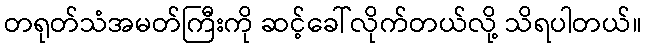
တရုတ်သံအမတ်ကြီးကို ဆင့်ခေါ်လိုက်တယ်လို့ သိရပါတယ်။